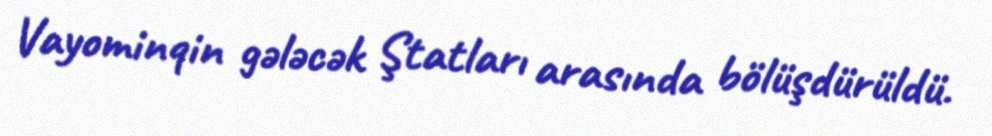
Vayominqin gələcək Ştatları arasında bölüşdürüldü.